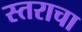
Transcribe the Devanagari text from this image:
स्तराचा